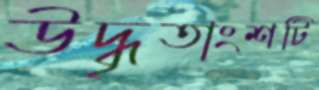
উদ্ধৃতাংশটি